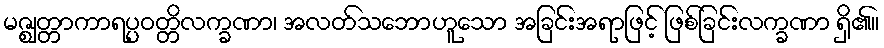
မဇ္ဈတ္တာကာရပ္ပဝတ္တိလက္ခဏာ၊ အလတ်သဘောဟူသော အခြင်းအရာဖြင့် ဖြစ်ခြင်းလက္ခဏာ ရှိ၏။